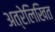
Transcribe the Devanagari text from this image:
अत्रेलिखित